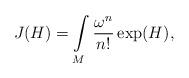
LaTeX: \begin{align*}J(H) = \int\limits_M \frac{\omega^n}{n!} \exp (H),\end{align*}